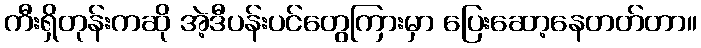
ကီးရှိတုန်းကဆို အဲ့ဒီပန်းပင်တွေကြားမှာ ပြေးဆော့နေတတ်တာ။